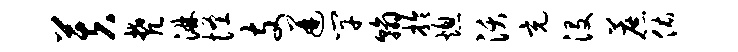
芙梵淋怪支迸竿翰拎熄沃充没蔗佑